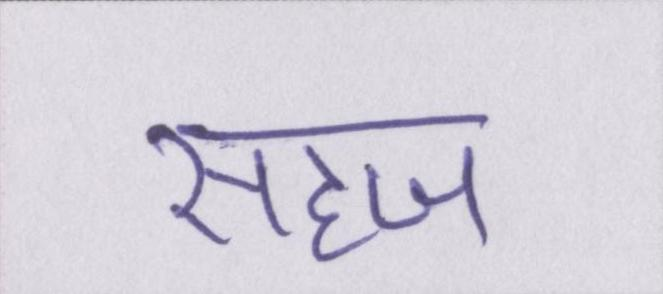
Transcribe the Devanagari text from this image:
सहज